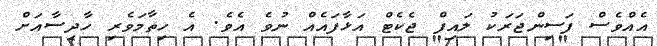
އެއްވެސް ފަސިންޖަރަކު ލައިފް ޖެކެޓް އަޅާފައެއް ނުވެ އެވެ. އެ ހިތާމަވެރި ހާދިސާއަށް